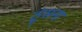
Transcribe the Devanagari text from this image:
ठूंसना